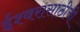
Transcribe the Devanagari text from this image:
ईश्वरासाठीची